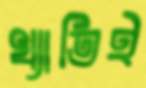
খ্যাতিই